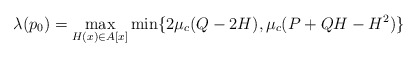
\begin{align*}\lambda(p_0)=\max_{H(x)\in A[x]} \min \{ 2 \mu_c(Q-2H),\mu_c(P+QH-H^2) \} \end{align*}